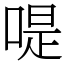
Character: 㖷